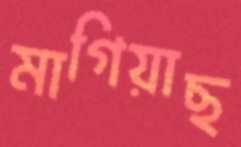
মাগিয়াছ